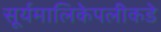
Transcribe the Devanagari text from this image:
सूर्यमालिकेपलीकडे